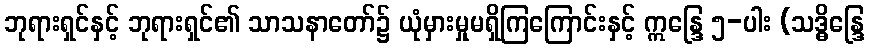
ဘုရားရှင်နှင့် ဘုရားရှင်၏ သာသနာတော်၌ ယုံမှားမှုမရှိကြကြောင်းနှင့် ဣန္ဒြေ ၅-ပါး (သဒ္ဓိန္ဒြေ